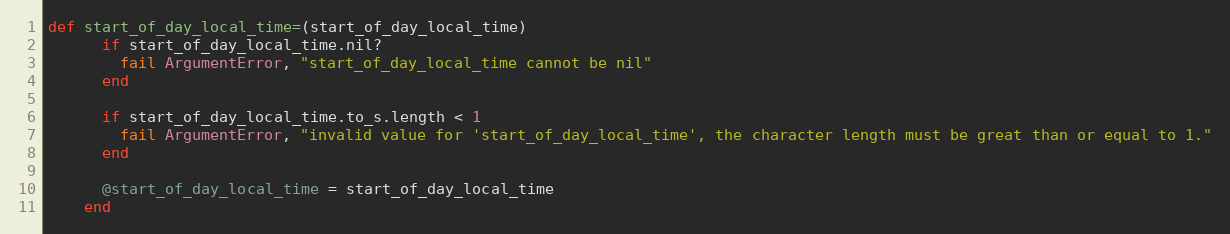
Language: Ruby
def start_of_day_local_time=(start_of_day_local_time)
      if start_of_day_local_time.nil?
        fail ArgumentError, "start_of_day_local_time cannot be nil"
      end

      if start_of_day_local_time.to_s.length < 1
        fail ArgumentError, "invalid value for 'start_of_day_local_time', the character length must be great than or equal to 1."
      end

      @start_of_day_local_time = start_of_day_local_time
    end